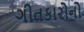
ગીતકારોનો